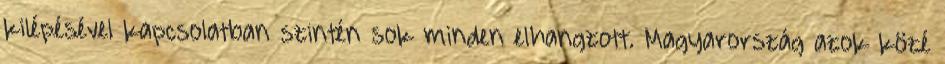
kilépésével kapcsolatban szintén sok minden elhangzott. Magyarország azok közé